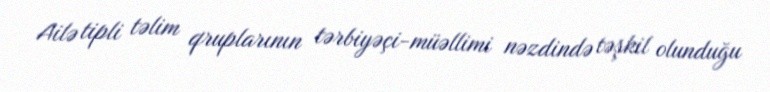
Ailə tipli təlim qruplarının tərbiyəçi-müəllimi nəzdində təşkil olunduğu